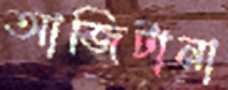
আজিটানা